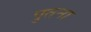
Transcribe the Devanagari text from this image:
पुतना